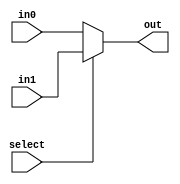
/* PURPOSE: This is a multiplexer. If select is 0, output is input0. If select is 1, output is input 1. 
 * INPUTS : input 0, input 1, select bit, 
 * OUTPUTS: output
 * Conor O'Connell
 * 5/5/2016
 */
 
module mux32x2(in0, in1, select, out);
  parameter WIDTH = 32;
  
  input [WIDTH - 1:0] in1;
  input [WIDTH - 1:0] in0;
  input select;
  output [WIDTH - 1:0] out;
  
  assign out = select ? in1 : in0;
endmodule